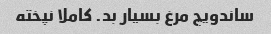
ساندویچ مرغ بسیار بد. کاملا نپخته